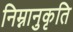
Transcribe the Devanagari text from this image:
निम्नानुकृति